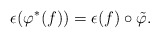
\begin{align*}\epsilon(\varphi^*(f)) = \epsilon(f) \circ \tilde{\varphi}.\end{align*}